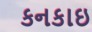
કનકાઇ